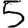
Digit: 5